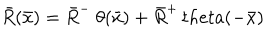
{ \bar { R } } ( { \bar { x } } ) = { \bar { R } } ^ { - } \ \theta ( { \bar { x } } ) + { \bar { R } } ^ { + } \, t h e t a ( - { \bar { x } } )